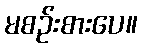
မစဉ်းစားပေ။